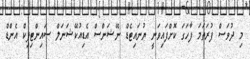
މި ދުވަސް ފުރަތަމަ ފާހަގަ ކޮށްފައިވަނީ ޔުނައިޓެޑް ނޭޝަންސް އެޑިއުކޭޝަނަލް ސައިންޓިފިކް އެންޑް